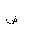
Letter: _dad